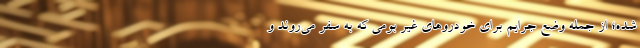
شده؛ از جمله وضع جرایم برای خودروهای غیر بومی که به سفر می‌روند و